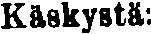
Käskystä: